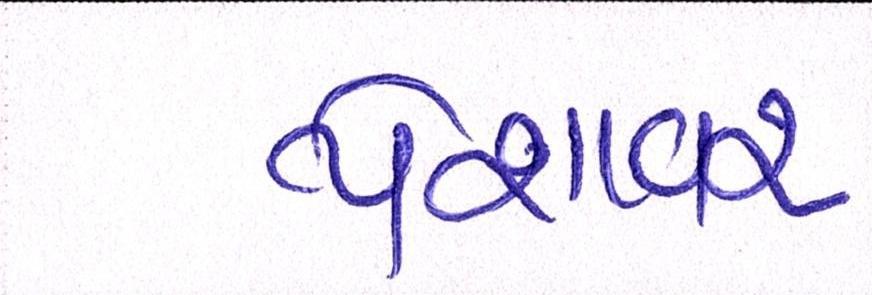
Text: પેશાવર